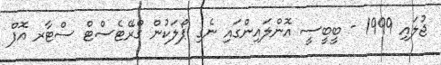
ޖުލައި 1999 - ބީބީސީ އޮންލައިންގައި ނެގި ޕޯލަކުން ގްރޭޓެސްޓް ސްޓާރ އޮފް